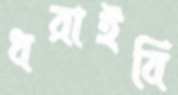
ধরাইবি